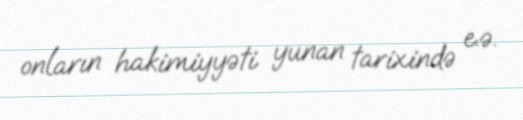
onların hakimiyyəti yunan tarixində e.ə.